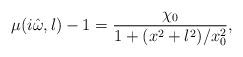
LaTeX: \begin{align*}\mu(i\hat\omega,l)-1=\frac{\chi_0}{1 + (x^2+l^2)/x_0^2},\end{align*}